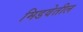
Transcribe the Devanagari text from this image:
मिडवेतील